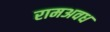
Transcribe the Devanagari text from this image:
रामअवध